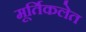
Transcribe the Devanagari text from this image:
मूर्तिकलेत